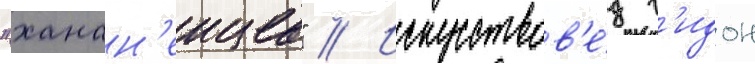
"ханан'еицев" // Искусствов'е́д г'идон